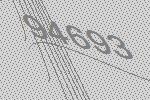
94693